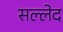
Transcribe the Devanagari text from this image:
सल्लेद